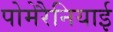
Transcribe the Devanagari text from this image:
पोमेरैनियाई